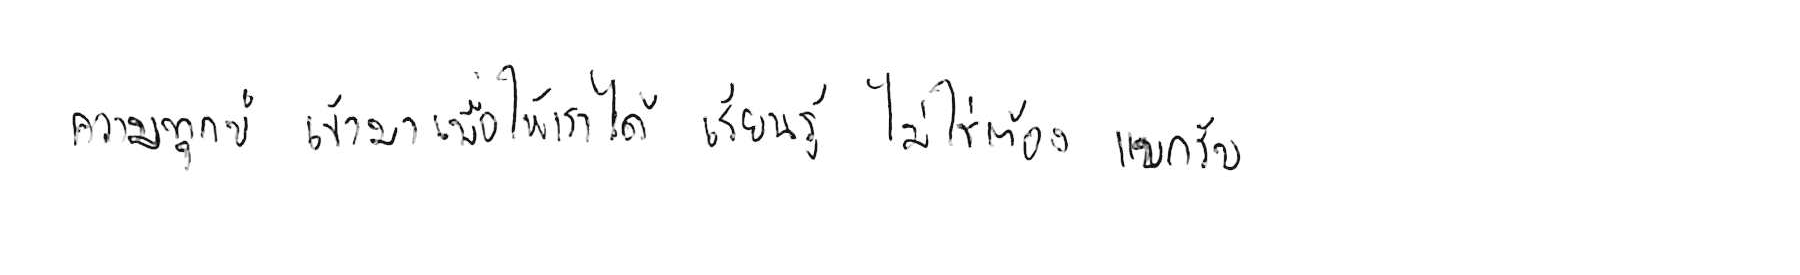
ความทุกข์ เข้ามาเพื่อให้เราได้ เรียนรู้ ไม่ใช่ต้อง แบกรับ